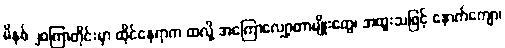
မိနစ် ၂၀ကြာတိုင်းမှာ ထိုင်နေရာက ထလို့ အကြောလျှော့တာမျိုးတွေ၊ အထူးသဖြင့် နောက်ကျော၊